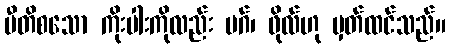
ပီတိစသော ကိုးပါးကိုလည်း မဂ်၊ ဖိုလ်ဟု မှတ်ထင်သည်။